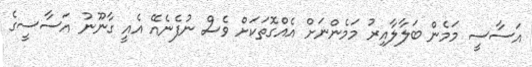
އަސާސީ މަމެން ބަލާލާއިރު މަމެންނަށް އެއްގޮތަކަށް ވެސް ނުފެނެއޭ އެއީ ގާނޫނު އަސާސީގެ